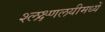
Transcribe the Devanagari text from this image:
श्लक्ष्णलयीमध्यें